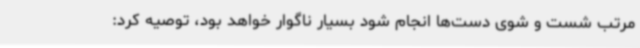
مرتب شست و شوی دست‌ها انجام شود بسیار ناگوار خواهد بود، توصیه کرد: